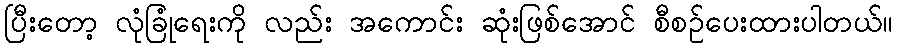
ပြီးတော့ လုံခြုံရေးကို လည်း အကောင်း ဆုံးဖြစ်အောင် စီစဉ်ပေးထားပါတယ်။